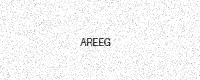
Text: AREEG